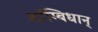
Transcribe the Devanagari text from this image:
शाॅम्बिधान्